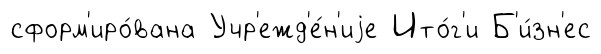
сформ'иро́вана Учр'ежд'е́н'иjе Ито́г'и Б'и́зн'ес